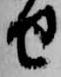
せ